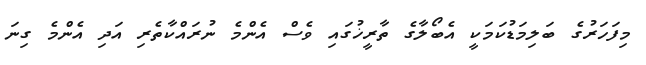
މިފަހަރުގެ ބަލިމަޑުކަމަކީ އެބޯލާގެ ތާރީޚުގައި ވެސް އެންމެ ނުރައްކާތެރި އަދި އެންމެ ގިނަ